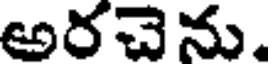
అరచెను.